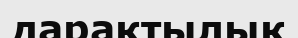
дарақтылық